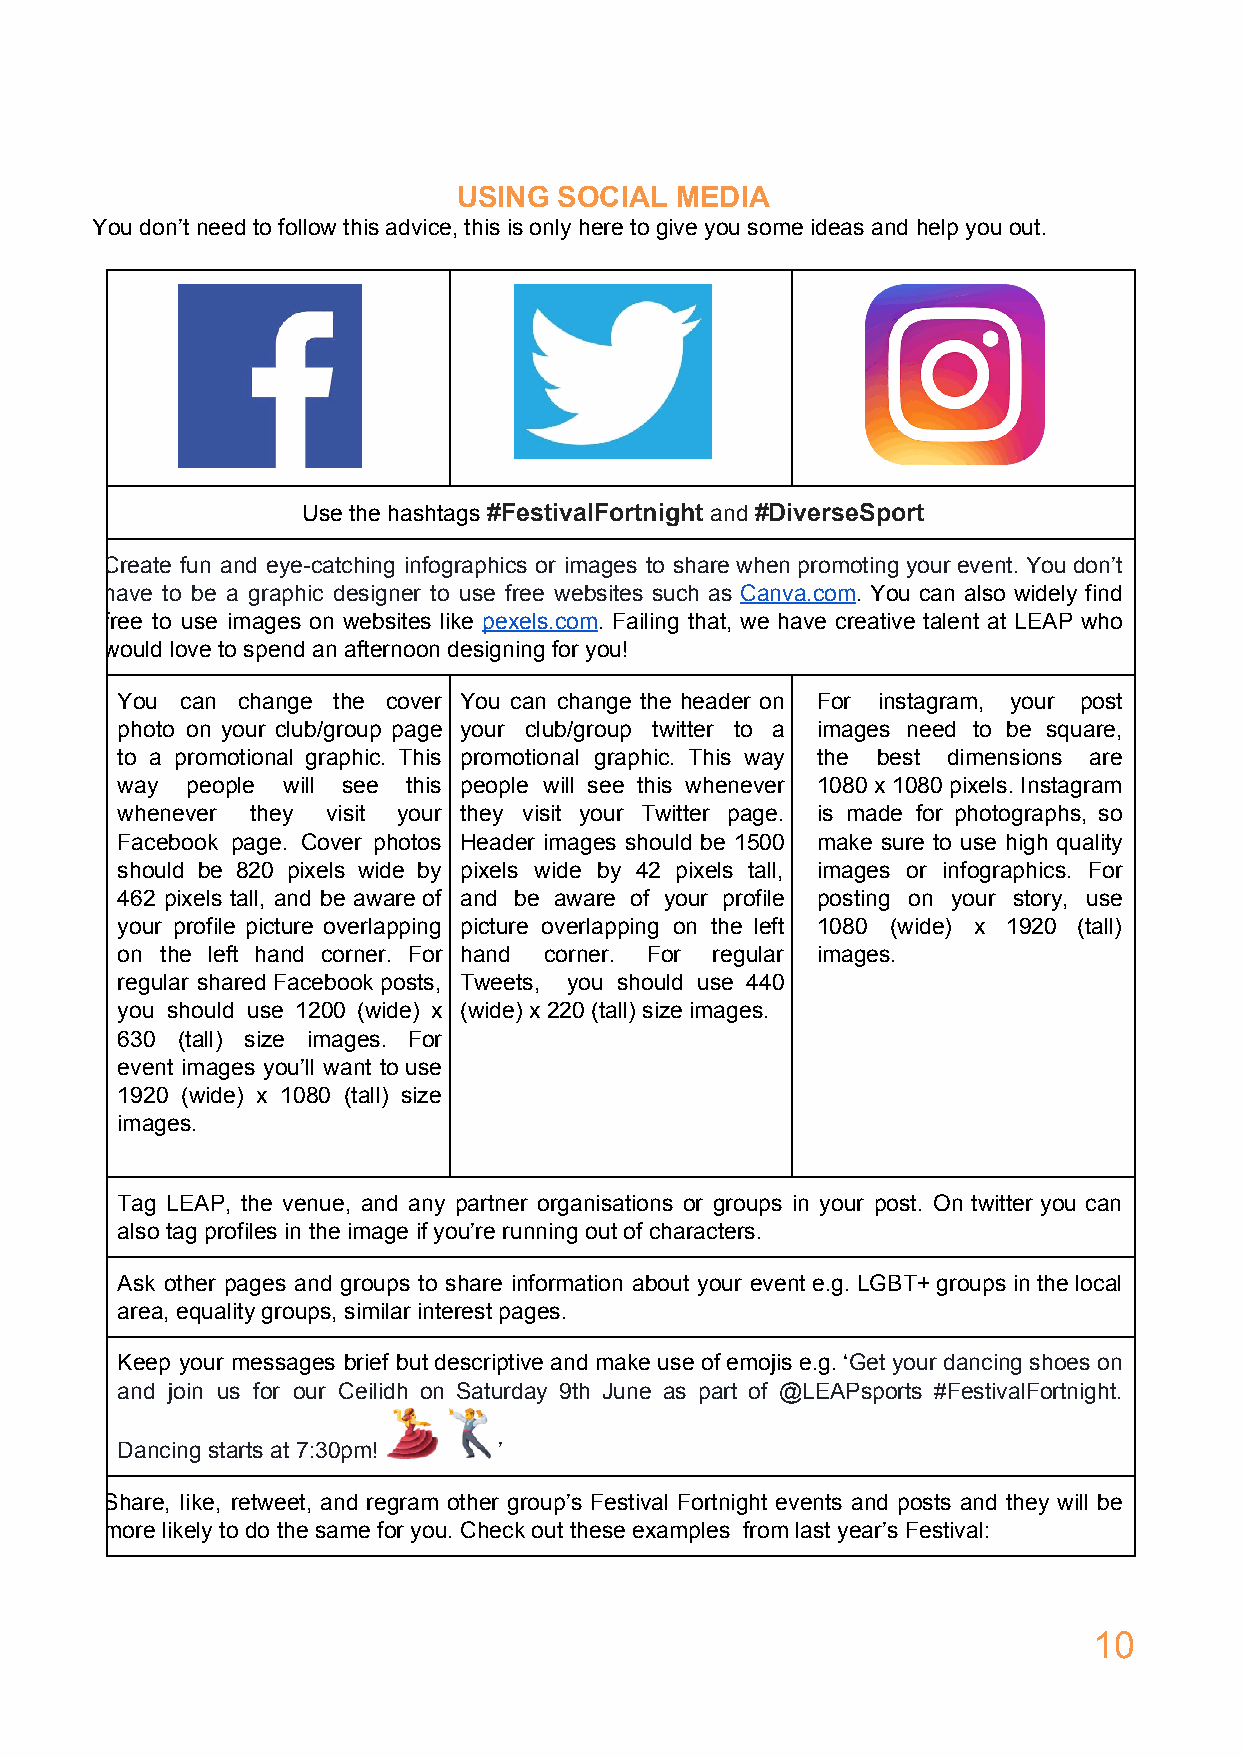
USING  SOCIAL  MEDIA
 You don’t need to follow this advice, this is only here to give you some ideas and help you out.
 Use the hashtags #FestivalFortnight and #DiverseSport
 ​              ​  ​
 Create fun and eye-catching infographics or images to share when promoting your event. You don’t
 have to be a graphic designer to use free websites such as Canva.com. You can also widely find
 ​       ​
 free to use images on websites like pexels.com. Failing that, we have creative talent at LEAP who
 ​       ​
 would love to spend an afternoon designing for you!
 You can change the cover You can change the header on For instagram, your post
 photo on your club/group page your club/group twitter to a images need to be square,
 to a promotional graphic. This promotional graphic. This way the best dimensions are
 way people will see this people will see this whenever 1080 x 1080 pixels. Instagram
 whenever they visit your they visit your Twitter page. is made for photographs, so
 Facebook page. Cover photos Header images should be 1500 make sure to use high quality
 ​
 should be 820 pixels wide by pixels wide by 42 pixels tall, images or infographics. For
 ​
 462 pixels tall, and be aware of and be aware of your profile posting on your story, use
 your profile picture overlapping picture overlapping on the left 1080 (wide) x 1920 (tall)
 on the left hand corner. For hand corner. For regular images.
 regular shared Facebook posts, Tweets, you should use 440
 you should use 1200 (wide) x (wide) x 220 (tall) size images.
 630 (tall) size images. For
 event images you’ll want to use
 1920 (wide) x 1080 (tall) size
 images.
 Tag LEAP, the venue, and any partner organisations or groups in your post. On twitter you can
 also tag profiles in the image if you’re running out of characters.
 Ask other pages and groups to share information about your event e.g. LGBT+ groups in the local
 area, equality groups, similar interest pages.
 Keep your messages brief but descriptive and make use of emojis e.g. ‘Get your dancing shoes on
 ​​               ​
 and join us for our Ceilidh on Saturday 9th June as part of @LEAPsports #FestivalFortnight.
 ​​
 Dancing starts at 7:30pm! ’
 Share, like, retweet, and regram other group’s Festival Fortnight events and posts and they will be
 more likely to do the same for you. Check out these examples from last year’s Festival:
 10